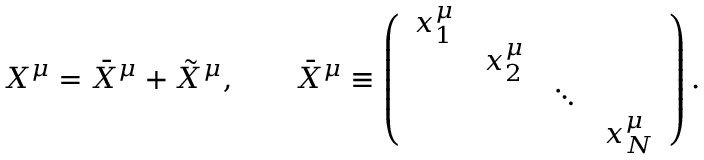
X ^ { \mu } = \bar { X } ^ { \mu } + \tilde { X } ^ { \mu } , \qquad \bar { X } ^ { \mu } \equiv \left( \begin{array} { l l l l } { { x _ { 1 } ^ { \mu } } } & { { } } & { { } } & { { } } \\ { { } } & { { x _ { 2 } ^ { \mu } } } & { { } } & { { } } \\ { { } } & { { } } & { { \ddots } } & { { } } \\ { { } } & { { } } & { { } } & { { x _ { N } ^ { \mu } } } \end{array} \right) .